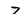
Character: 7